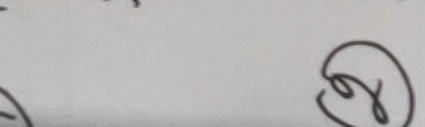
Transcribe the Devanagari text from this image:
९